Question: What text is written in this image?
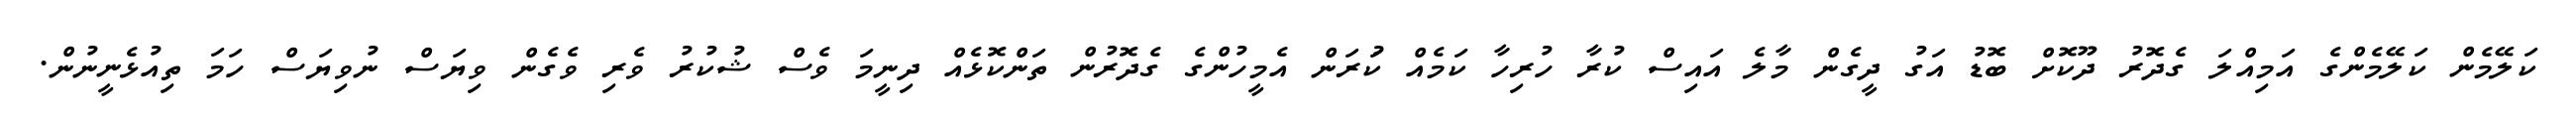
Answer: ކަލޭމެން ކަލޭމެންގެ އަމިއްލަ ގެދޮރު ދޫކޮށް ބޮޑު އަގު ދީގެން މާލެ އައިސް ކުރާ ހުރިހާ ކަމެއް ކުަރަން އެމީހުންގެ ގެދޮރުން ތަންކޮޅެއް ދިނީމަ ވެސް ޝުކުރު ވެރި ވެގެން ވިޔަސް ނުވިޔަސް ހަމަ ތިއުޅެނީނުން.